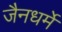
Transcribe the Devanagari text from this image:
जैनधर्मे